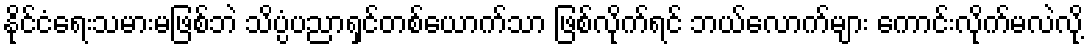
နိုင်ငံရေးသမားမဖြစ်ဘဲ သိပ္ပံပညာရှင်တစ်ယောက်သာ ဖြစ်လိုက်ရင် ဘယ်လောက်များ ကောင်းလိုက်မလဲလို့